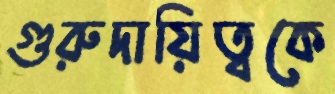
গুরুদায়িত্বকে